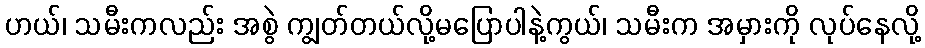
ဟယ်၊ သမီးကလည်း အစွဲ ကျွတ်တယ်လို့မပြောပါနဲ့ကွယ်၊ သမီးက အမှားကို လုပ်နေလို့